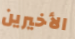
الأخيرين